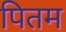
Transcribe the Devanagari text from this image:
पितम